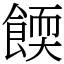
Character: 餪